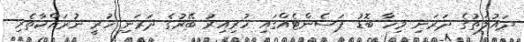
ދައުލަތުގެ ދަރަނި މިހާ ބޮޑު ޕަސެންޓެއްގައި ހުރިއިރު ބޭރުގެ ދަރަނި ހުރީ ނުރައްކާތެރި